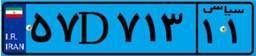
۵۷D۷۱۳۱۱